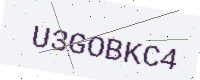
Text: U3GOBKC4